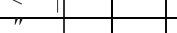
"